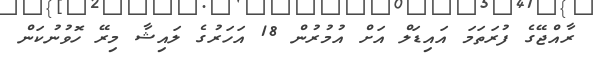
ރާއްޖޭގެ ފުރަތަމަ އައިޑަލް އަށް އުމުރުން 18 އަހަރުގެ ލައިޝާ މިރޭ ހޮވުނުކަން